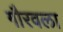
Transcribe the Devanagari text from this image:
गौरवला